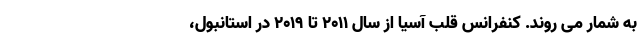
به شمار می روند. کنفرانس قلب آسیا از سال ۲۰۱۱ تا ۲۰۱۹ در استانبول،